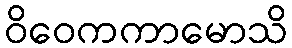
ဝိဝေကကာမောသိ